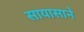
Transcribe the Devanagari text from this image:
सायासाने